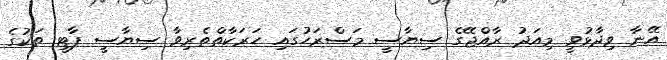
އޭނާ ވިދާޅުވީ މިއަދު ރާއްޖޭގެ ސިޔާސީ މަސްރަހުގައި ހަރަކާތްތެރިވާ ސިޔާސީ ޕާޓީ ތަކުގެ